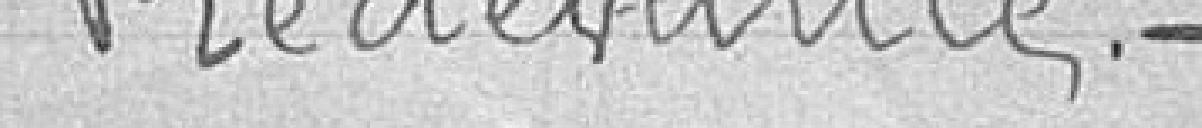
Redevance